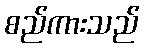
စည်ကားသည်